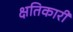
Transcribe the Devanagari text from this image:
क्षतिकारी